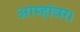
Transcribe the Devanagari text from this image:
आम्हांवर।